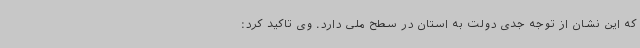
که این نشان از توجه جدی دولت به استان در سطح ملی دارد. وی تاکید کرد: